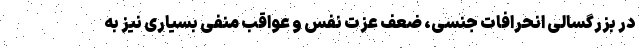
در بزرگسالی انحرافات جنسی، ضعف عزت نفس و عواقب منفی بسیاری نیز به